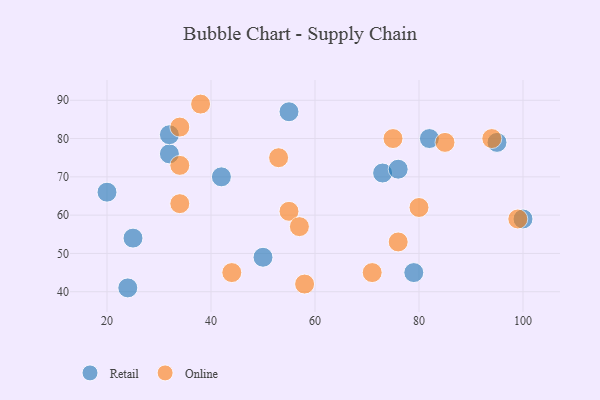
{"axis": {"x": "GDP", "y": "Life Expectancy"}, "legend": ["Online", "Retail"], "data": [{"x": "20", "y": 66, "type": "Retail"}, {"x": "42", "y": 70, "type": "Retail"}, {"x": "79", "y": 45, "type": "Retail"}, {"x": "82", "y": 80, "type": "Retail"}, {"x": "32", "y": 76, "type": "Retail"}, {"x": "95", "y": 79, "type": "Retail"}, {"x": "32", "y": 81, "type": "Retail"}, {"x": "50", "y": 49, "type": "Retail"}, {"x": "100", "y": 59, "type": "Retail"}, {"x": "24", "y": 41, "type": "Retail"}, {"x": "55", "y": 87, "type": "Retail"}, {"x": "25", "y": 54, "type": "Retail"}, {"x": "73", "y": 71, "type": "Retail"}, {"x": "76", "y": 72, "type": "Retail"}, {"x": "80", "y": 62, "type": "Online"}, {"x": "76", "y": 53, "type": "Online"}, {"x": "34", "y": 73, "type": "Online"}, {"x": "85", "y": 79, "type": "Online"}, {"x": "71", "y": 45, "type": "Online"}, {"x": "44", "y": 45, "type": "Online"}, {"x": "55", "y": 61, "type": "Online"}, {"x": "58", "y": 42, "type": "Online"}, {"x": "53", "y": 75, "type": "Online"}, {"x": "38", "y": 89, "type": "Online"}, {"x": "34", "y": 63, "type": "Online"}, {"x": "94", "y": 80, "type": "Online"}, {"x": "57", "y": 57, "type": "Online"}, {"x": "34", "y": 83, "type": "Online"}, {"x": "75", "y": 80, "type": "Online"}, {"x": "99", "y": 59, "type": "Online"}]}